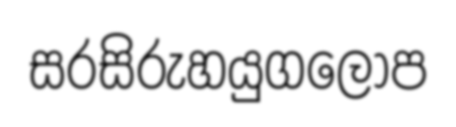
සරසිරුහයුගලොප